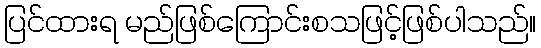
ပြင်ထားရ မည်ဖြစ်ကြောင်းစသဖြင့်ဖြစ်ပါသည်။